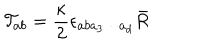
{ \cal T } _ { a b } = \frac { \kappa } { 2 } \epsilon _ { a b a _ { 3 } \cdots a _ { d } } \bar { R }